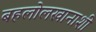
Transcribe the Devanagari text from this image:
बहलोलखानाशी